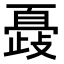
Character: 𣦞